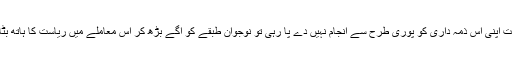
جب ریاست اپنی اس ذمہ داری کو پوری طرح سے انجام نہیں دے پا رہی تو نوجوان طبقے کو آگے بڑھ کر اس معاملے میں ریاست کا ہاتھ بٹانا چاہیے۔